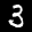
Label: 3